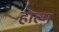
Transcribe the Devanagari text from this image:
हाल्म